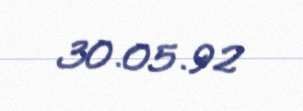
30.05.92